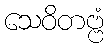
သေဝိတဗ္ဗံ